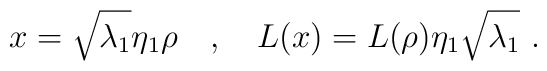
x=\sqrt{\lambda_1}\eta_1 \rho \ \ \ , \ \ \ L(x)=L(\rho)\eta_1\sqrt{\lambda_1} \ .